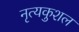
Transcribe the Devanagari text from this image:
नृत्यकुशल